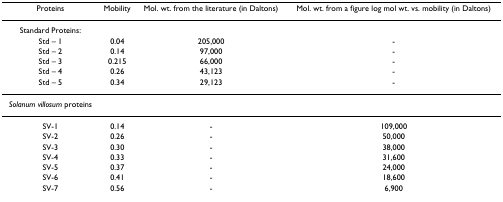
<table><thead><tr><td><b>Proteins</b></td><td><b>Mobility</b></td><td><b>Mol. wt. from the literature (in Daltons)</b></td><td><b>Mol. wt. from a figure log mol wt. vs. mobility (in Daltons)</b></td></tr></thead><tbody><tr><td>Standard Proteins:</td><td></td><td></td><td></td></tr><tr><td>Std – 1</td><td>0.04</td><td>205,000</td><td>-</td></tr><tr><td>Std – 2</td><td>0.14</td><td>97,000</td><td>-</td></tr><tr><td>Std – 3</td><td>0.215</td><td>66,000</td><td>-</td></tr><tr><td>Std – 4</td><td>0.26</td><td>43,123</td><td>-</td></tr><tr><td>Std – 5</td><td>0.34</td><td>29,123</td><td>-</td></tr><tr><td><i>Solanum villosum </i>proteins</td><td></td><td></td><td></td></tr><tr><td>SV-1</td><td>0.14</td><td>-</td><td>109,000</td></tr><tr><td>SV-2</td><td>0.26</td><td>-</td><td>50,000</td></tr><tr><td>SV-3</td><td>0.30</td><td>-</td><td>38,000</td></tr><tr><td>SV-4</td><td>0.33</td><td>-</td><td>31,600</td></tr><tr><td>SV-5</td><td>0.37</td><td>-</td><td>24,000</td></tr><tr><td>SV-6</td><td>0.41</td><td>-</td><td>18,600</td></tr><tr><td>SV-7</td><td>0.56</td><td>-</td><td>6,900</td></tr></tbody></table>